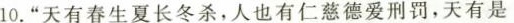
10.”天有春生夏长冬杀，人也有仁慈德爱刑罚，天有是